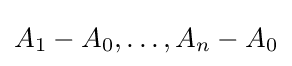
{\textstyle A_{1}-A_{0},\ldots ,A_{n}-A_{0}}